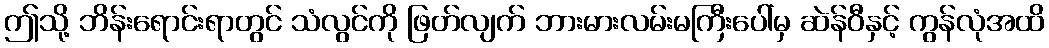
ဤသို့ ဘိန်းရောင်းရာတွင် သံလွင်ကို ဖြတ်လျက် ဘားမားလမ်းမကြီးပေါ်မှ ဆဲန်ဝီနှင့် ကွန်လုံအထိ